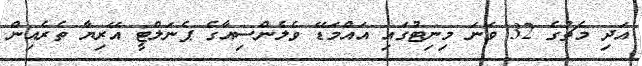
އަދި މެޗުގެ 32 ވަނަ މިނިޓުގައި އައްމަޑޭ ވެލެންސިއާގެ ޕެނަލްޓީ އޭރިޔާ ތެރެއިން